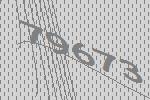
79673